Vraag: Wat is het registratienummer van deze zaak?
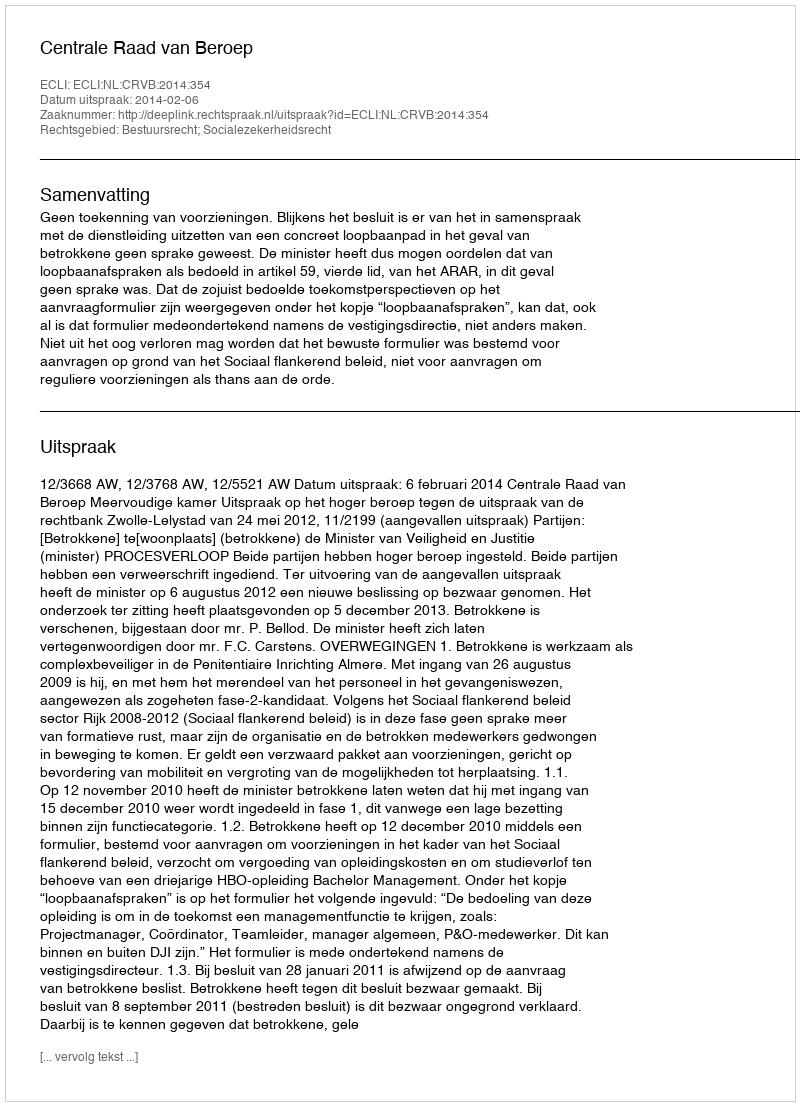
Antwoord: http://deeplink.rechtspraak.nl/uitspraak?id=ECLI:NL:CRVB:2014:354